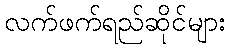
လက်ဖက်ရည်ဆိုင်များ